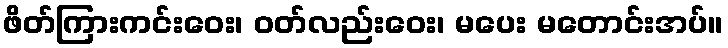
ဖိတ်ကြားကင်းဝေး၊ ဝတ်လည်းဝေး၊ မပေး မတောင်းအပ်။